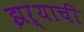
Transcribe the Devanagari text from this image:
झऱ्याची